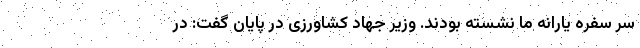
سر سفره یارانه ما نشسته بودند. وزیر جهاد کشاورزی در پایان گفت: در